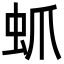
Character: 䖣